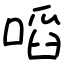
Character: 㗖